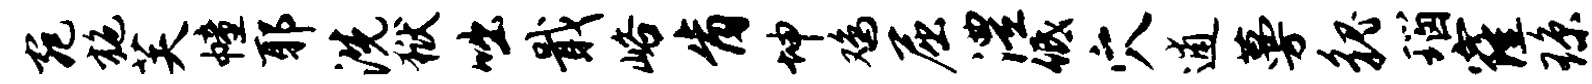
宛施芙幢耶洗狱咄戢峪肯坤鸡屈澧低穴逋蔓貌瑙窿琼